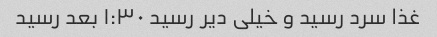
غذا سرد رسید و خیلی دیر رسید ۱:۳۰ بعد رسید